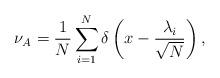
LaTeX: \begin{align*}\nu_A = \frac{1}{N}\sum_{i = 1}^{N} \delta\left(x - \frac{\lambda_{i}}{\sqrt{N}}\right),\end{align*}